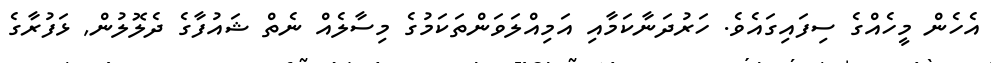
އެހެން މީހެއްގެ ސިފައިގައެވެ. ހަރުދަނާކަމާއި އަމިއްލަވަންތަކަމުގެ މިސާލެއް ނެތް ޝައުފާގެ ދެލޮލުން